Medical and sanitary report on the native army of Bombay for the year
Year: 1879
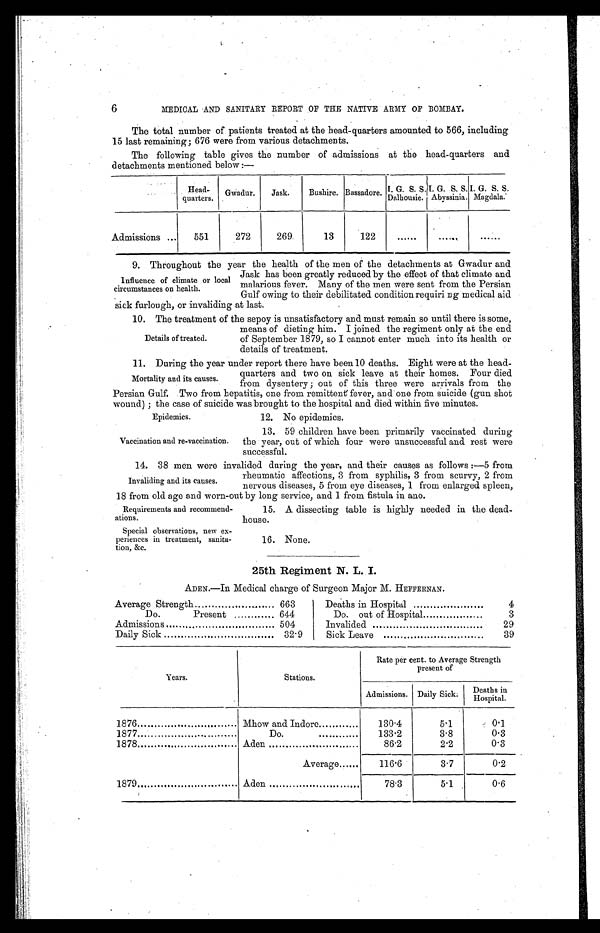
Epidemics.
Vaccination and re-vaccination.
6
MEDICAL AND SANITARY REPORT OF THE NATIVE ARMY OF BOMBAY.
The total number of patients treated at the head-quarters amounted to 566, including
15 last remaining ; 676 were from various detachments.
The following table gives the number of admissions at the head-quarters and
detachments mentioned below :—
Head-
quarters.
Gwadur.
Jask.
Bushire. Bassadore. I. G. S. S.
Dalhousie.
I. G. S. S.
Abyssinia.
I. G. S. S.
Magdala.
Admissions ...
551
272
269
13
122
......
......
......
9. Throughout the year the health of the men of the detachments at Gwadur and
Jask has been greatly reduced by the effect of that climate and
malarious fever. Many of the men were sent from the Persian
Gulf owing to their debilitated condition requiring medical aid
sick furlough, or invaliding at last.
10. The treatment of the sepoy is unsatisfactory and must remain so until there is some,
Influence of climate or local
circumstances on health.
Details of treated.
means of dieting him. I joined the regiment only at the end
of September 1879, so I cannot enter much into its health or
details of treatment.
11. During the year under report there have been 10 deaths. Eight were at the head-
quarters and two on sick leave at their homes. Four died
from dysentery ; out of this three were arrivals from the
Persian Gulf. Two from hepatitis, one from remitten ť fever, and one from suicide (gun shot
wound) ; the case of suicide was brought to the hospital and died within five minutes.
Mortality and its causes.
12. No epidemics.
13. 59 children have been primarily vaccinated during
the year, out of which four were unsuccessful and rest were
successful.
14. 38 men were invalided during the year, and their causes as follows :—5 from
rheumatic affections, 3 from syphilis, 3 from scurvy, 2 from
nervous diseases, 5 from eye diseases, 1 from enlarged spleen,
18 from old age and worn-out by long service, and 1 from fistula in ano.
Invaliding and its causes.
Requirements and recommend-
ations.
Special observations, new ex-
periences in treatment, sanita-
tion, &c.
15. A dissecting table is highly needed in the dead-
house.
16. None.
25th Regiment N. L. I.
ADEN.—In Medical charge of Surgeon Major M. HEFFERNAN.
Average Strength
663
Do.
Present
644
Admissions
504
Daily Sick
32.9
Deaths in Hospital
4
Do. out of Hospital
3
Invalided
29
Sick Leave
39
Years.
Stations.
Rate per cent. to Average Strength
present of
Admissions. Daily Sick.
Deaths in
Hospital.
1876
Mhow and Indore
130.4
5.1
0.1
1877
Do.
...
133.2
3.8
0.3
1878
Aden
86.2
2.2
0.3
Average . .
116.6
3.7
0.2
1879
Aden
78.3
5.1
0.6